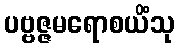
ပဗ္ဗဇ္ဇမရောစယိံသု